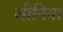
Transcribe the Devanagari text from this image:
जीनिया